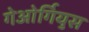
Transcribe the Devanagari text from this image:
गेओर्गियुस